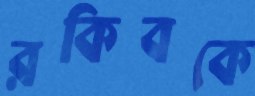
রকিবকে